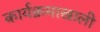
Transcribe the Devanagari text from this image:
कार्यक्रमाखाली